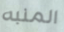
المنبه